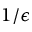
1 / \epsilon